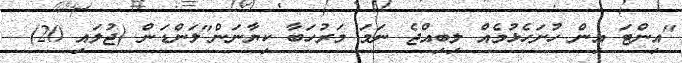
"އިންޓަ އިން ހުށަހެޅުމެއް ލިބިއްޖެ ނަމަ މަރުހަބާ ކިޔާނަން"ލަންޑަން (ޖުލައި 20)